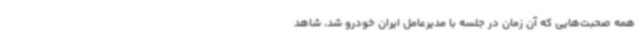
همه صحبت‌هایی که آن زمان در جلسه با مدیرعامل ایران خودرو شد، شاهد